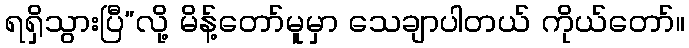
ရရှိသွားပြီ”လို့ မိန့်တော်မူမှာ သေချာပါတယ် ကိုယ်တော်။